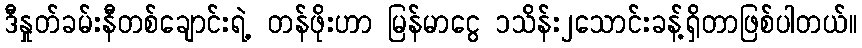
ဒီနှုတ်ခမ်းနီတစ်ချောင်းရဲ့ တန်ဖိုးဟာ မြန်မာငွေ ၁သိန်း၂သောင်းခန့်ရှိတာဖြစ်ပါတယ်။